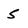
Character: S